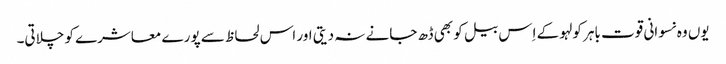
یوں وہ نسوانی قوت باہر کولہو کے اِس بیل کو بھی ڈھ جانے نہ دیتی اور اس لحاظ سے پورے معاشرے کو چلاتی۔